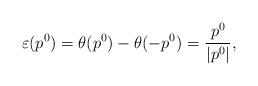
LaTeX: \begin{align*}\varepsilon(p^{0})=\theta(p^{0})-\theta(-p^{0})=\frac{p^0}{|p^0|},\end{align*}